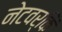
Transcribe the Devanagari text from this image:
नेटवर्किं